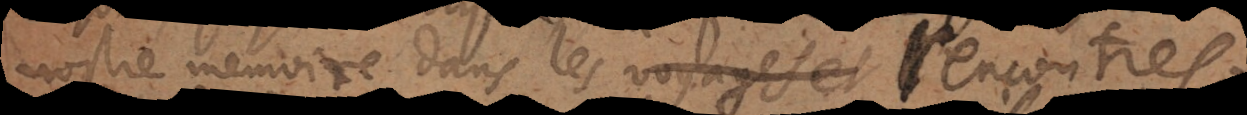
nostre memoire dans les voyages et rencontres.